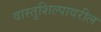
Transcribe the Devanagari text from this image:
वास्तुशिल्पावरील